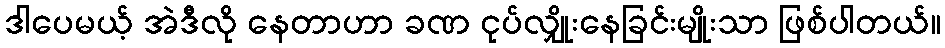
ဒါပေမယ့် အဲဒီလို နေတာဟာ ခဏ ငုပ်လျှိုးနေခြင်းမျိုးသာ ဖြစ်ပါတယ်။